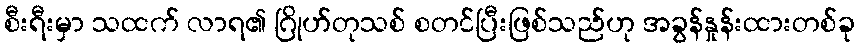
စီးရီးမှာ သထက် လာရ၏ ဂြိုဟ်တုသစ် စတင်ပြီးဖြစ်သည်ဟု အခွန်နှုန်းထားတစ်ခု